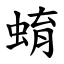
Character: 蜟